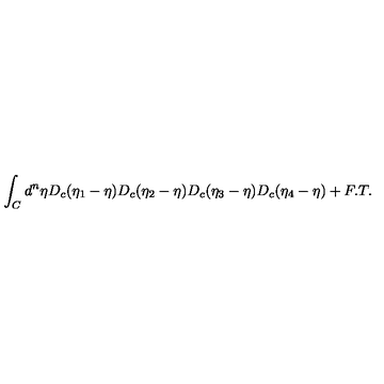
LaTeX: \int _ { C } d ^ { n } \eta D _ { c } ( \eta _ { 1 } - \eta ) D _ { c } ( \eta _ { 2 } - \eta ) D _ { c } ( \eta _ { 3 } - \eta ) D _ { c } ( \eta _ { 4 } - \eta ) + F . T .